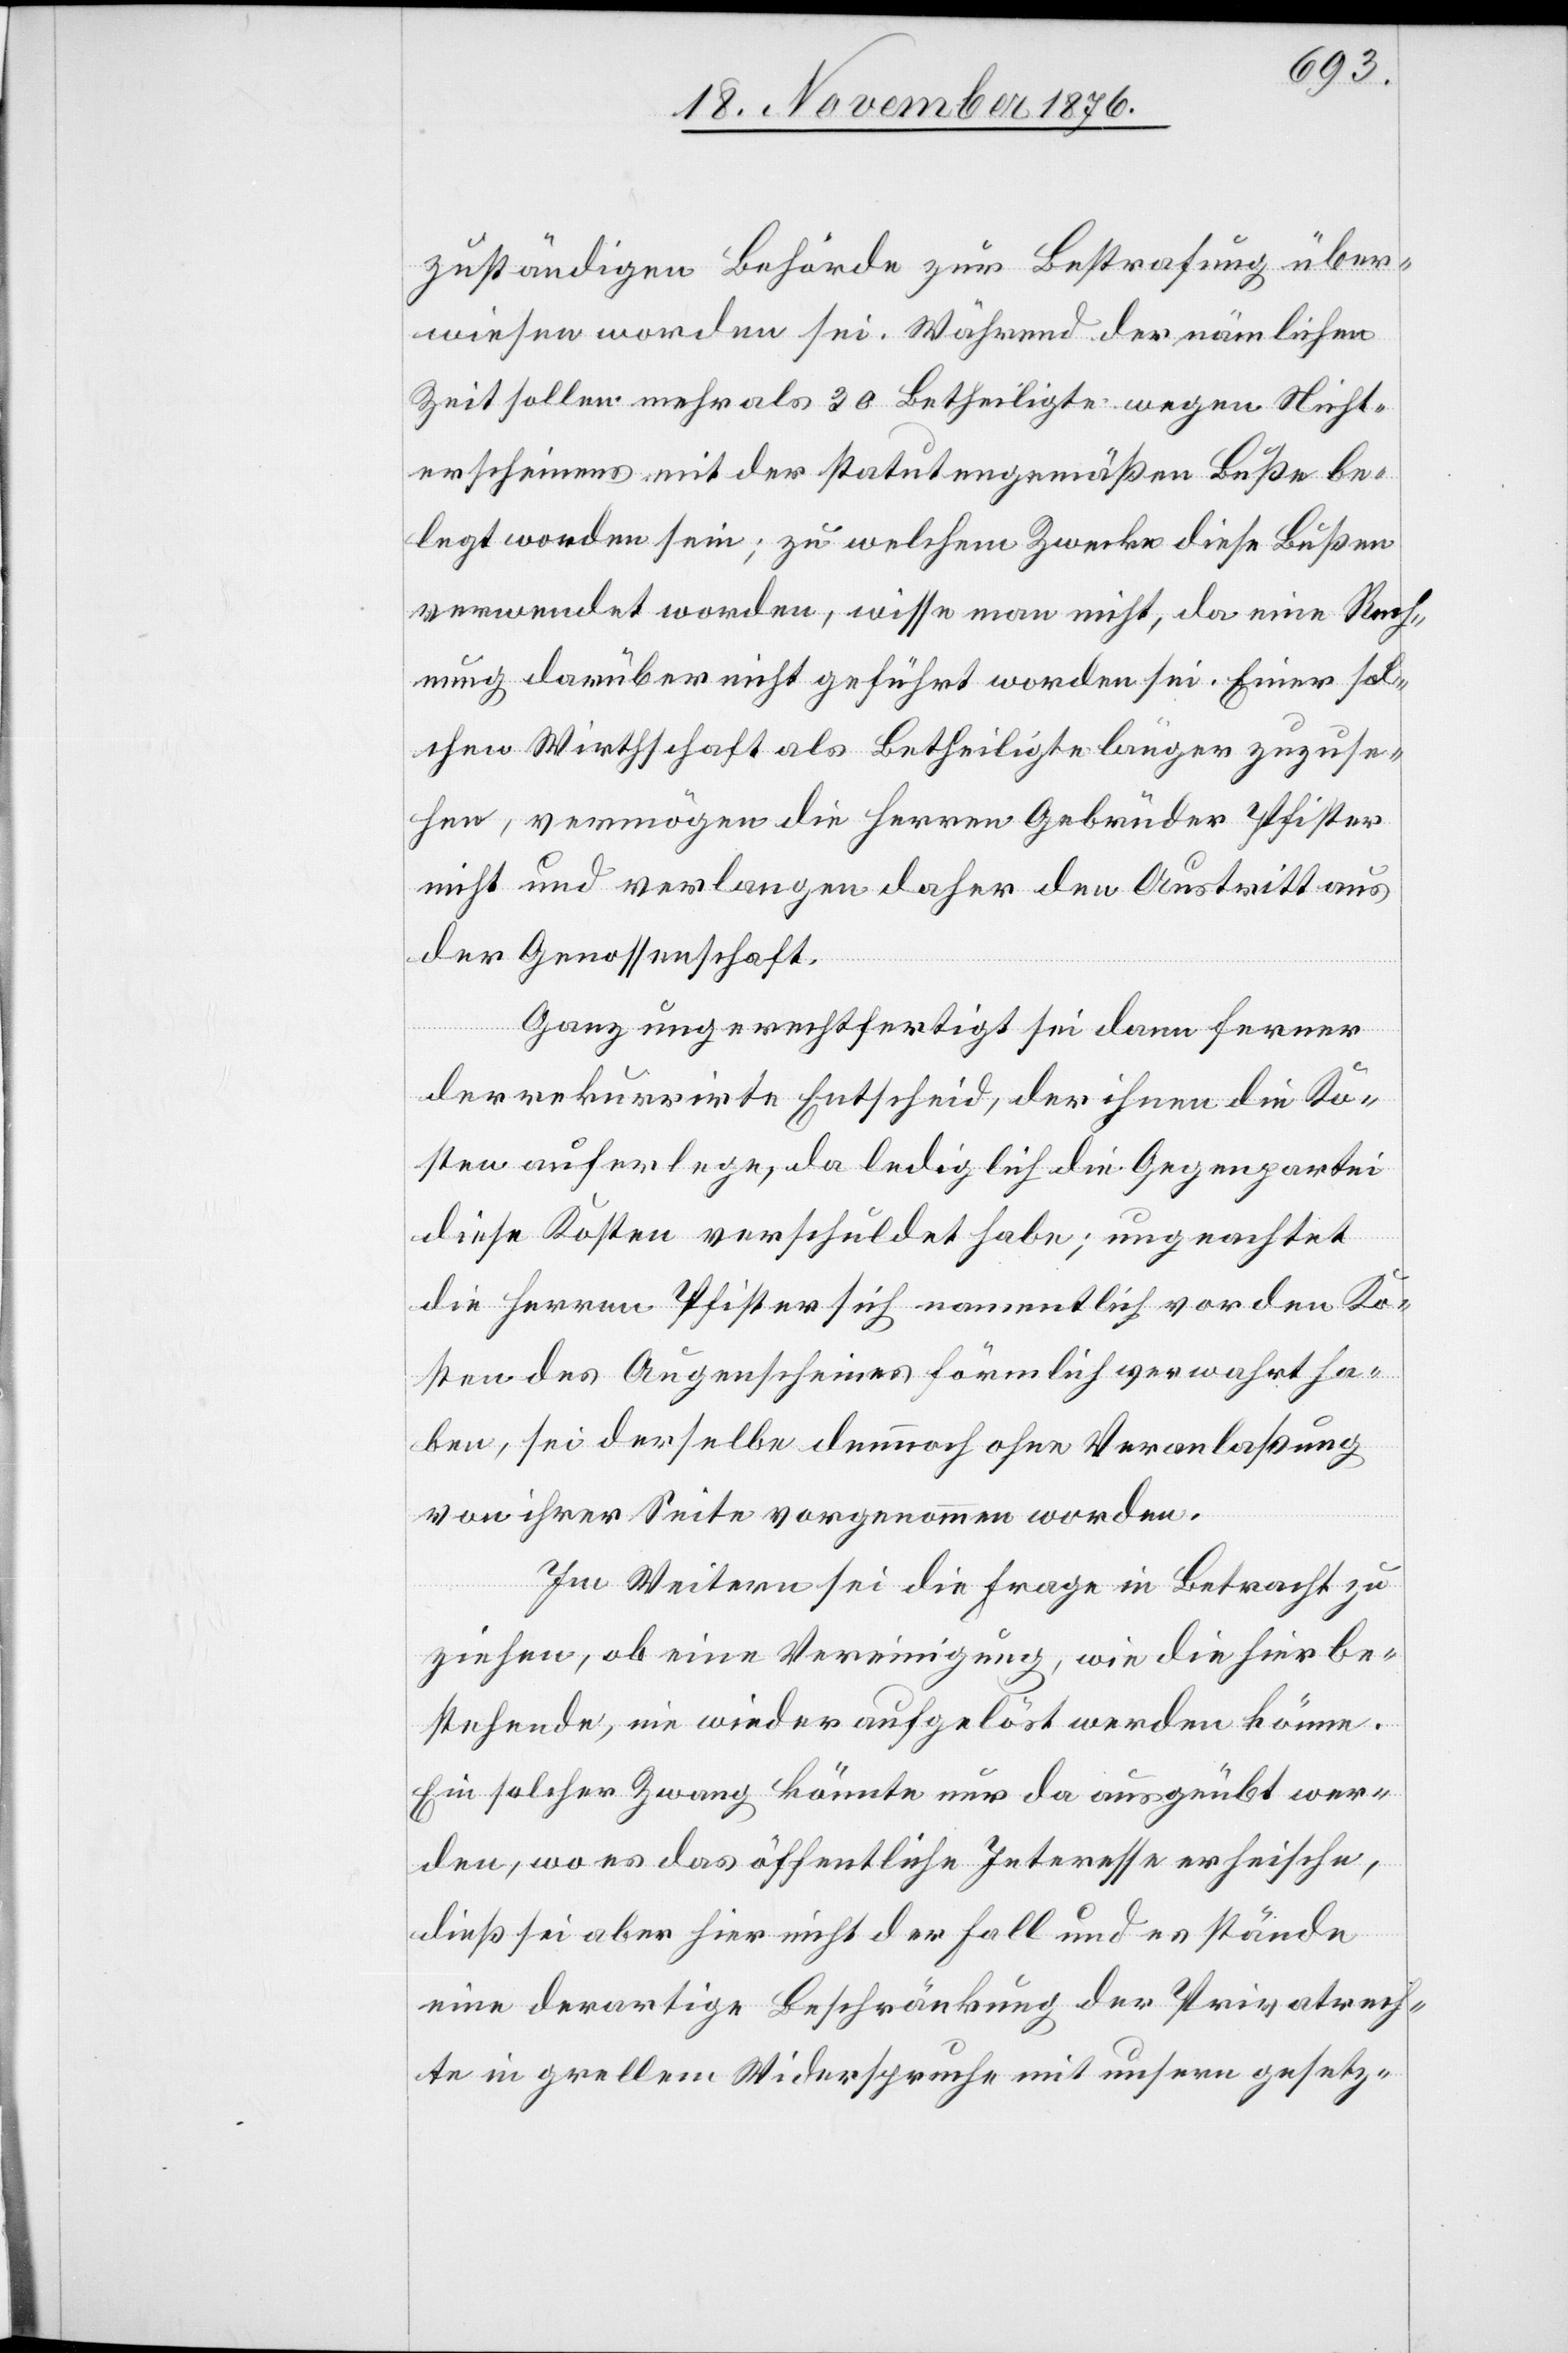
zuständigen Behörde zur Bestrafung über¬
wiesen worden sei. Während der nämlichen
Zeit sollen mehr als 30 Betheiligte wegen Nicht¬
erscheinens mit der statutengemäßen Buße be¬
legt worden sein; zu welchem Zwecke diese Bußen
verwendet worden, wisse man nicht, da eine Rech¬
nung darüber nicht geführt worden sei. Einer sol¬
chen Wirthschaft als Betheiligte länger zuzuse¬
hen, vermögen die Herren Gebrüder Pfister
nicht und verlangen daher den Austritt aus
der Genossenschaft.
Ganz ungerechtfertigt sei dann ferner
der rekurrirte Entscheid, der ihnen die Ko¬
sten auferlege, da lediglich die Gegenpartei
diese Kosten verschuldet habe; ungeachtet
die Herren Pfister sich namentlich vor den Ko¬
sten des Augenscheines förmlich gewahrt ha¬
ben, sei derselbe dennoch ohne Veranlaßung
von ihrer Seite vorgenommen worden.
Im Weitern sei die Frage in Betracht zu
ziehen, ob eine Vereinigung, wie die hier be¬
stehende, nie wieder aufgelöst werden könne.
Ein solcher Zwang könnte nur da ausgeübt wer¬
den, wo es das öffentliche Interesse erheische,
dieß sei aber hier nicht der Fall und es stände
eine derartige Beschränkung der Privatrech¬
te in generellem Widerspruche mit unsern gesetz-